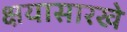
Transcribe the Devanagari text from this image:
क्षयासारखे